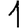
Digit: 1